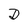
Character: D